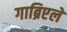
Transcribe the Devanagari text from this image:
गाब्रिएले